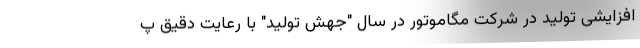
افزایشی تولید در شرکت مگاموتور در سال "جهش تولید" با رعایت دقیق پ